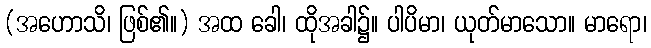
(အဟောသိ၊ ဖြစ်၏။) အထ ခေါ၊ ထိုအခါ၌။ ပါပိမာ၊ ယုတ်မာသော။ မာရော၊